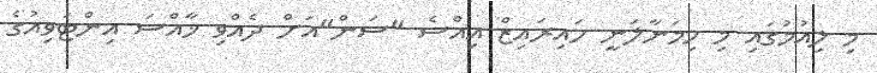
މި ލިއުމުގައި މި ހިމަނާލަނީ ހައިރައިޒް އިއްސެ "ސަން"އަށް ދެއްވި ޚާއްސަ އިންޓަވިއުގެ